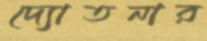
দ্যোতনার